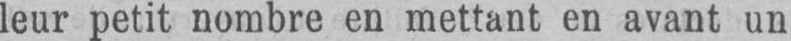
leur petit nombre en mettant en avant un